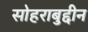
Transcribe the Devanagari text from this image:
सोहराबुद्दीन